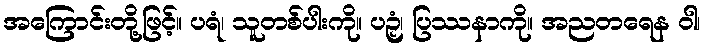
အကြောင်းတို့ဖြင့်။ ပရံ၊ သူတစ်ပါးကို။ ပဉှံ၊ ပြဿနာကို။ အညတရေန ဝါ၊